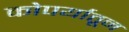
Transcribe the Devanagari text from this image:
कोपर्यातून